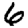
Digit: 6